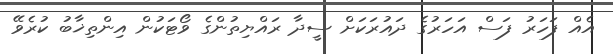
އެއް ފަހަރު ފަސް އަހަރުގެ ދައުރަކަށް ސީދާ ރައްޔިތުންގެ ވޯޓަކުން އިންތިޚާބު ކުރެވޭ